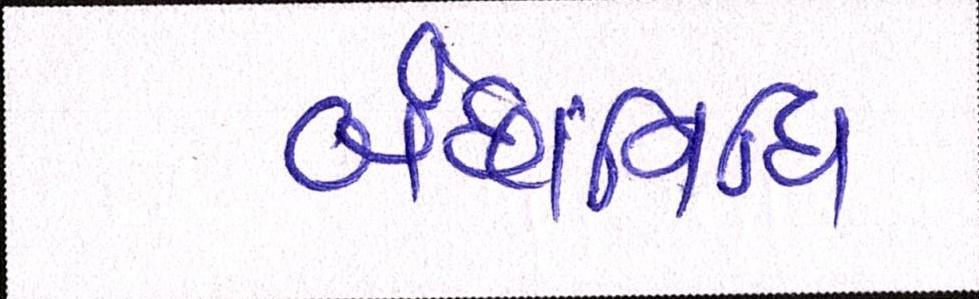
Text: બંછાનિધિ